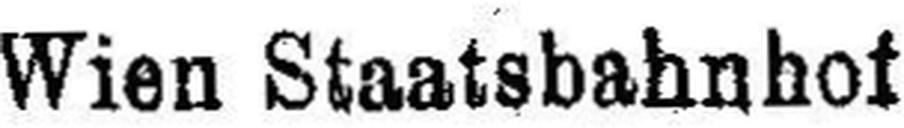
Wien Staatsbahnhof